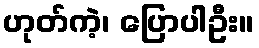
ဟုတ်ကဲ့၊ ပြောပါဦး။